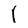
Character: I